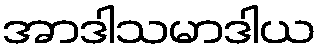
အာဒါသမာဒါယ